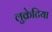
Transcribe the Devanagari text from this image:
लुक्रेटिया